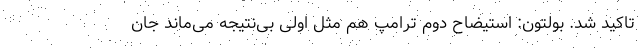
تاکید شد. بولتون: استیضاح دوم ترامپ هم مثل اولی بی‌نتیجه می‌ماند جان